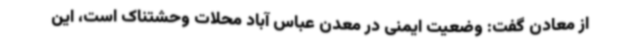
از معادن گفت: وضعیت ایمنی در معدن عباس آباد محلات وحشتناک است، این